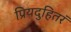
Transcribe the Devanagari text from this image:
प्रियदुहितरं